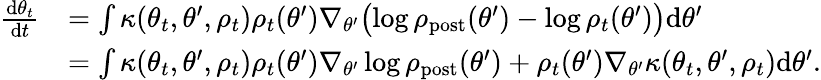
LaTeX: \begin{array}{rl}{\frac{\mathrm{d}\theta_{t}}{\mathrm{d}t}}&{=\int\kappa(\theta_{t},\theta^{\prime},\rho_{t})\rho_{t}(\theta^{\prime})\nabla_{\theta^{\prime}}\bigl(\log\rho_{\mathrm{post}}(\theta^{\prime})-\log\rho_{t}(\theta^{\prime})\bigr)\mathrm{d}\theta^{\prime}}\\ &{=\int\kappa(\theta_{t},\theta^{\prime},\rho_{t})\rho_{t}(\theta^{\prime})\nabla_{\theta^{\prime}}\log\rho_{\mathrm{post}}(\theta^{\prime})+\rho_{t}(\theta^{\prime})\nabla_{\theta^{\prime}}\kappa(\theta_{t},\theta^{\prime},\rho_{t})\mathrm{d}\theta^{\prime}.}\end{array}